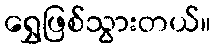
ရွှေဖြစ်သွားတယ်။